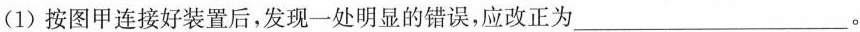
(1)按图甲连接好装置后，发现一处明显的错误，应改正为___。